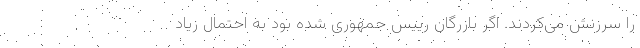
را سرزنش می‌کردند. اگر بازرگان رییس جمهوری شده بود به احتمال زیاد